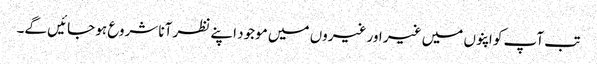
تب آپ کو اپنوں میں غیر اور غیروں میں موجود اپنے نظر آنا شروع ہو جائیں گے۔